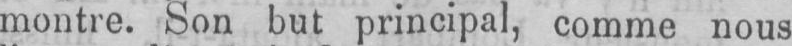
montre. Son but principal, comme nous